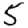
Digit: 5